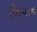
બિયાન